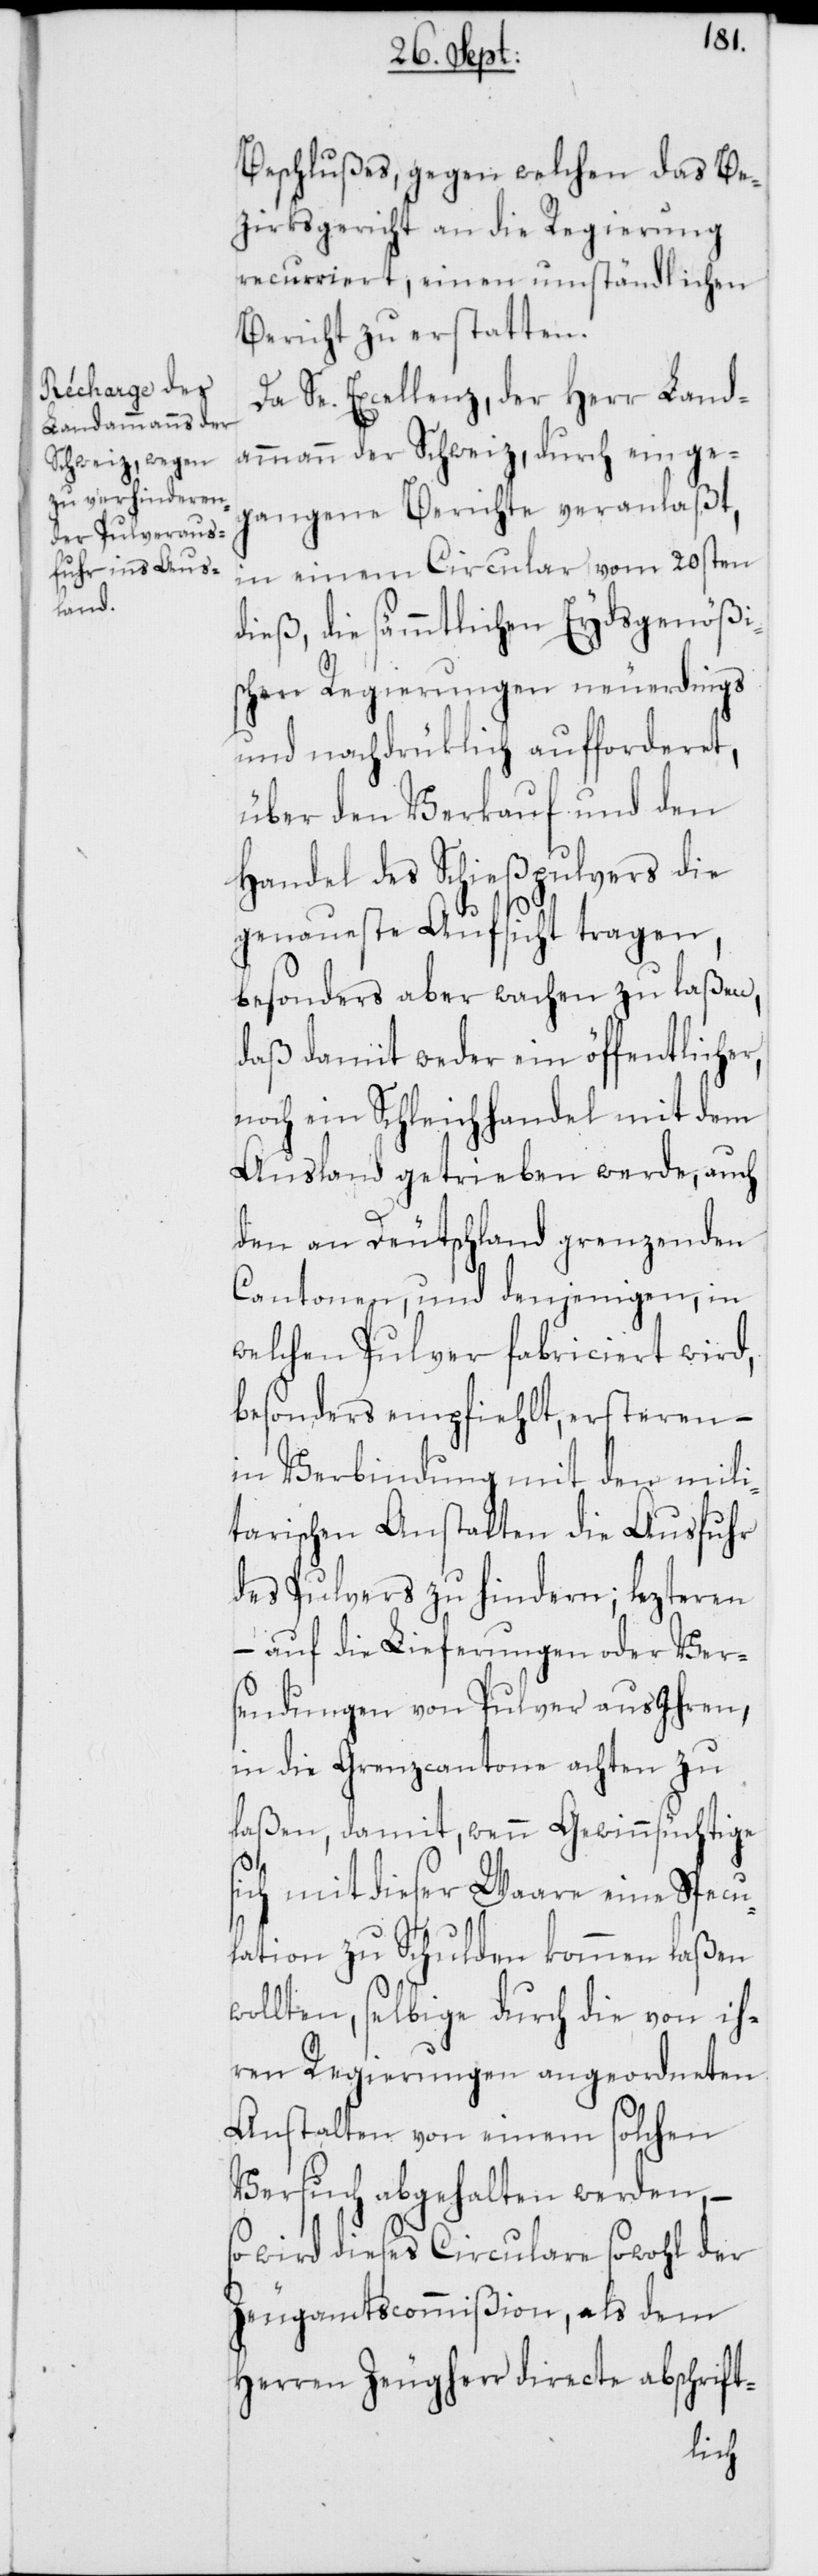
Beschlußes, gegen welchen das Be¬
zirksgericht an die Regierung
recurriert, einen umständlichen
Bericht zu erstatten.
Da Se. Excellenz, der Herr Land¬
ammann der Schweiz, durch einge¬
gangene Berichte veranlaßt,
in einem Circular vom 20sten
dieß, die sämmtlichen Eydsgenößi¬
schen Regierungen neuerdings
und nachdrüklich aufforderet,
über den Verkauf und den
Handel des Schießpulvers die
genaueste Aufsicht tragen,
besonders aber wachen zu laßen,
daß damit weder ein öffentlicher,
noch ein Schleichhandel mit dem
Ausland getrieben werde, auch
den an Deutschland grenzenden
Cantonen, und denjenigen, in
welchen Pulver fabriciert wird,
besonders empfiehlt, ersteren –
in Verbindung mit den mili¬
tarischen Anstalten die Ausfuhr
des Pulvers zu hindern; lezteren
– auf die Lieferungen oder Ver¬
sendungen von Pulver aus Ihren,
in die Grenzcantone achten zu
laßen, damit, wenn Gewinnsüchtige
sich mit dieser Waare eine Specu¬
lation zu Schulden kommen laßen
wollten, selbige durch die von ih¬
ren Regierungen angeordneten
Anstalten von einem solchen
Versuch abgehalten werden,
wird dieses Circulare sowohl der
Zeugamtscommißion, als dem
Herren Zeugherr directe abschrift-